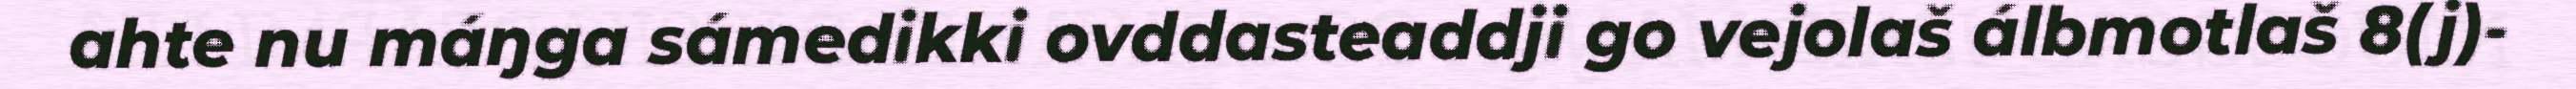
ahte nu máŋga sámedikki ovddasteaddji go vejolaš álbmotlaš 8(j)-